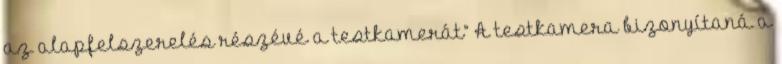
az alapfelszerelés részévé a testkamerát” A testkamera bizonyítaná a